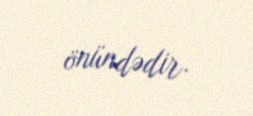
önündədir.